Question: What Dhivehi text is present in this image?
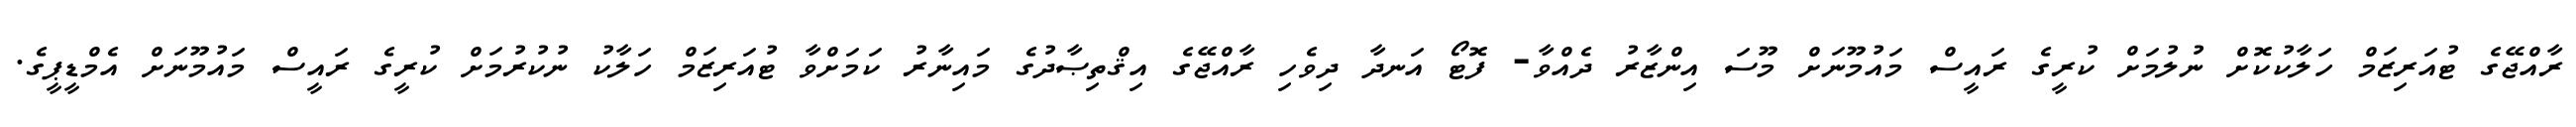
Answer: ރާއްޖޭގެ ޓުއަރިޒަމް ހަލާކުކޮށް ނުލުމަށް ކުރީގެ ރައީސް މައުމޫނަށް މޫސަ އިންޒާރު ދެއްވާ- ފޮޓޯ އަނދާ ދިވެހި ރާއްޖޭގެ އިޤްތިޞާދުގެ މައިނާރު ކަމަށްވާ ޓުއަރިޒަމް ހަލާކު ނުކުރުމަށް ކުރީގެ ރައީސް މައުމޫނަށް އެމްޑީޕީގެ.